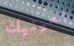
بعينيك